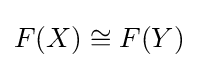
F(X)\cong F(Y)